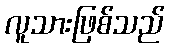
လူသားဖြစ်သည်